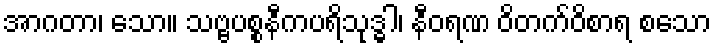
အာဂတာ၊ သော။ သဗ္ဗပစ္စနီကပရိသုဒ္ဓါ၊ နီဝရဏ ဝိတက်ဝိစာရ စသော